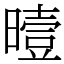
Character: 曀